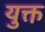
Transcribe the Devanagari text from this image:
युक्त़